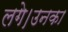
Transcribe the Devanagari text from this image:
लगे।उनका